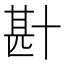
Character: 卙